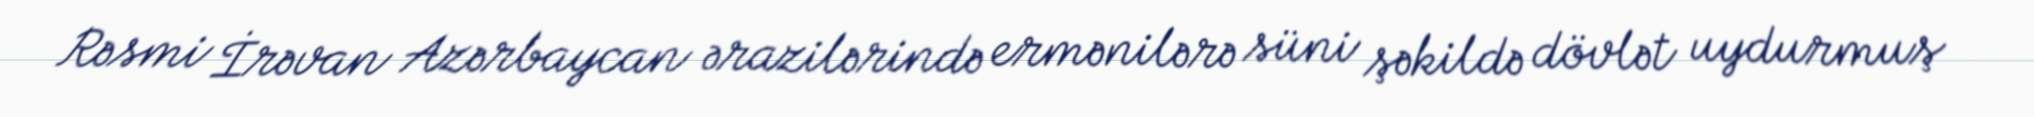
Rəsmi İrəvan Azərbaycan ərazilərində ermənilərə süni şəkildə dövlət uydurmuş